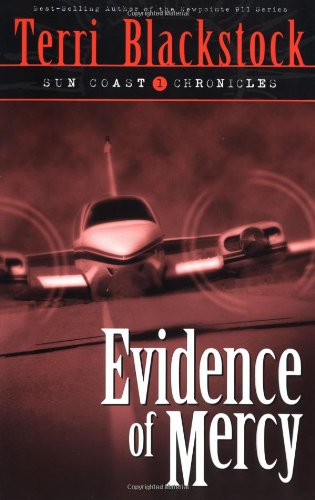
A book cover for Evidence of Mercy (Suncoast Chronicles Series #1); Terri Blackstock; Religion & Spirituality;